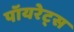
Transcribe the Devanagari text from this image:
पॉयरेट्स